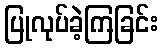
ပြုလုပ်ခဲ့ကြခြင်း